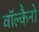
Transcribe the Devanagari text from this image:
वॉल्कैनो